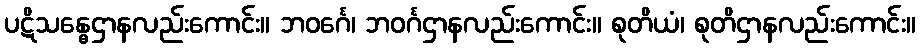
ပဋိသန္ဓေဌာနလည်းကောင်း။ ဘဝင်္ဂေ၊ ဘဝင်္ဂဌာနလည်းကောင်း။ စုတိယံ၊ စုတိဌာနလည်းကောင်း။